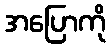
အပြောကို